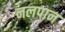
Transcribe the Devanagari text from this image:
नलपान